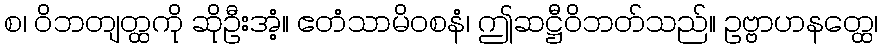
စ၊ ဝိဘတျတ္ထကို ဆိုဦးအံ့။ ဧတံသာမိဝစနံ၊ ဤဆဋ္ဌီဝိဘတ်သည်။ ဥဗ္ဗာဟနတ္ထေ၊